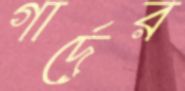
গার্দের